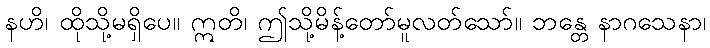
နဟိ၊ ထိုသို့မရှိပေ။ ဣတိ၊ ဤသို့မိန့်တော်မူလတ်သော်။ ဘန္တေ နာဂသေနာ၊